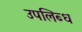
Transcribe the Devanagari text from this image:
उपलिब्ध